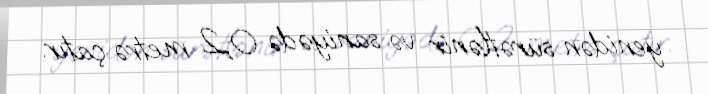
yenidən sürətlənir və saniyədə 0,2 metrə çatır.